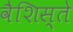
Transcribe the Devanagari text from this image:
वैशिस्ते